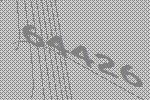
64426